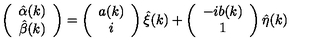
\left( \begin{array} { c } { \hat { \alpha } ( k ) } \\ { \hat { \beta } ( k ) } \\ \end{array} \right) = \left( \begin{array} { c } { { a } ( k ) } \\ { i } \\ \end{array} \right) \hat { \xi } ( k ) + \left( \begin{array} { c } { - i { b } ( k ) } \\ { 1 } \\ \end{array} \right) \hat { \eta } ( k )